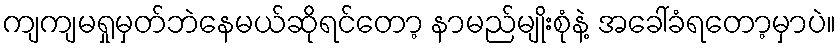
ကျကျမရှုမှတ်ဘဲနေမယ်ဆိုရင်တော့ နာမည်မျိုးစုံနဲ့ အခေါ်ခံရတော့မှာပဲ။